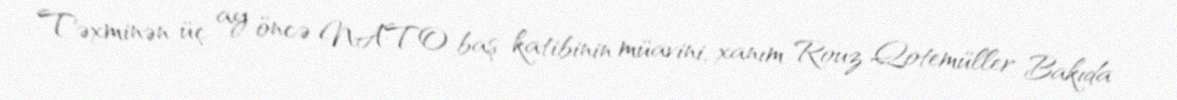
Təxminən üç ay öncə NATO baş katibinin müavini, xanım Rouz Qotemüller Bakıda